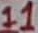
Text: 11